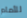
للأمام